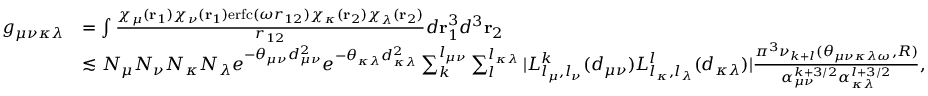
\begin{array} { r l } { g _ { \mu \nu \kappa \lambda } } & { = \int \frac { \chi _ { \mu } ( \mathbf { r } _ { 1 } ) \chi _ { \nu } ( \mathbf { r } _ { 1 } ) \mathrm { e r f c } ( \omega r _ { 1 2 } ) \chi _ { \kappa } ( \mathbf { r } _ { 2 } ) \chi _ { \lambda } ( \mathbf { r } _ { 2 } ) } { r _ { 1 2 } } d \mathbf { r } _ { 1 } ^ { 3 } d ^ { 3 } \mathbf { r } _ { 2 } } \\ & { \lesssim N _ { \mu } N _ { \nu } N _ { \kappa } N _ { \lambda } e ^ { - \theta _ { \mu \nu } d _ { \mu \nu } ^ { 2 } } e ^ { - \theta _ { \kappa \lambda } d _ { \kappa \lambda } ^ { 2 } } \sum _ { k } ^ { l _ { \mu \nu } } \sum _ { l } ^ { l _ { \kappa \lambda } } | L _ { l _ { \mu } , l _ { \nu } } ^ { k } ( d _ { \mu \nu } ) L _ { l _ { \kappa } , l _ { \lambda } } ^ { l } ( d _ { \kappa \lambda } ) | \frac { \pi ^ { 3 } \nu _ { k + l } ( \theta _ { \mu \nu \kappa \lambda \omega } , R ) } { \alpha _ { \mu \nu } ^ { k + 3 / 2 } \alpha _ { \kappa \lambda } ^ { l + 3 / 2 } } , } \end{array}